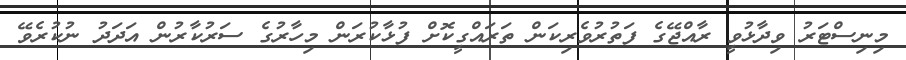
މިނިސްޓަރު ވިދާޅުވީ ރާއްޖޭގެ ފަތުރުވެރިކަން ތަރައްގީކޮށް ފުޅާކުރަން މިހާރުގެ ސަރުކާރުން އަދަދު ނުކުރެވޭ